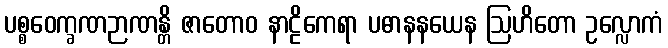
ပစ္စဝေက္ခဏဉာဏန္တိ ဇာတောဝ နာဠိကေရာ ပဓာနနယေန ဩဟိတော ဥလ္လောကံ